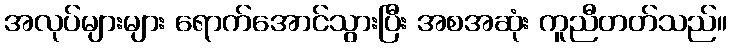
အလုပ်များများ ရောက်အောင်သွားပြီး အစအဆုံး ကူညီတတ်သည်။